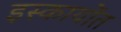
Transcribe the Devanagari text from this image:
इस्कायोंत